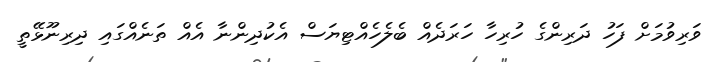
ވަރިވުމަށް ފަހު ދަރިންގެ ހުރިހާ ހަރަދެއް ބެލެހެއްޓިޔަސް އެކުދިންނާ އެއް ތަނެއްގައި ދިރިނޫޅޭތީ